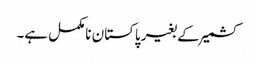
کشمیر کے بغیر پاکستان نامکمل ہے۔